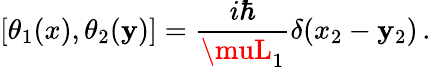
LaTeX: [\theta_{1}(x),\theta_{2}(\mathbf{y})]={\frac{{i\hbar}}{{\muL_{1}}}}\delta(x_{2}-\mathbf{y}_{2})\, .